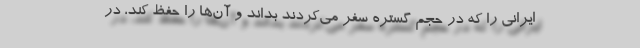
ایرانی را که در حجم گستره سفر می‌کردند بداند و آن‌ها را حفظ کند، در